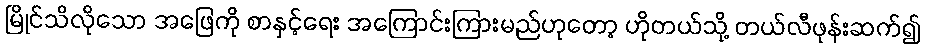
မြိုင်သိလိုသော အဖြေကို စာနှင့်ရေး အကြောင်းကြားမည်ဟုတော့ ဟိုတယ်သို့ တယ်လီဖုန်းဆက်၍